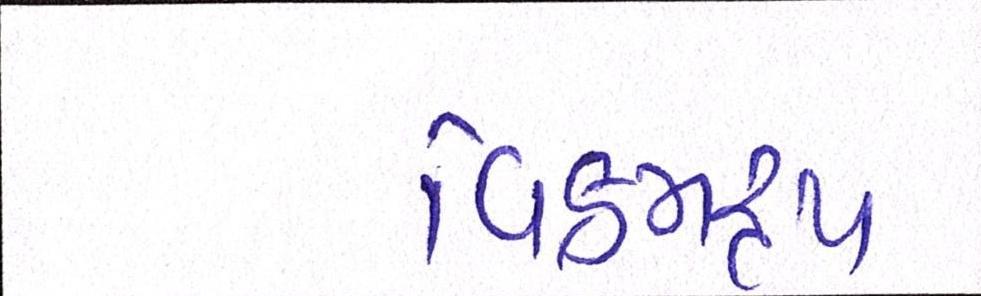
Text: વિક્રમરૃપ